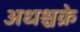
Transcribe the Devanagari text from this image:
अधश्चक्रे